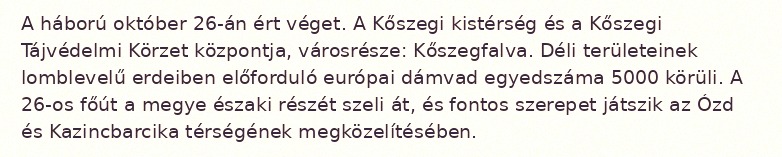
A háború október 26-án ért véget. A Kőszegi kistérség és a Kőszegi Tájvédelmi Körzet központja, városrésze: Kőszegfalva. Déli területeinek lomblevelű erdeiben előforduló európai dámvad egyedszáma 5000 körüli. A 26-os főút a megye északi részét szeli át, és fontos szerepet játszik az Ózd és Kazincbarcika térségének megközelítésében.